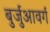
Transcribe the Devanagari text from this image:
बुर्जुआवर्ग